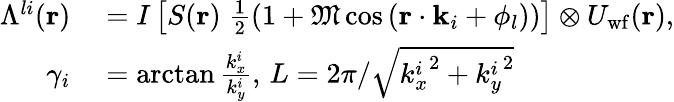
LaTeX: \begin{array}{rl}{\Lambda^{li}(\mathbf{r})}&{{}=I\left[S(\mathbf{r})\; \frac{1}{2}\left(1+\mathfrak{M}\cos\left(\mathbf{r}\cdot\mathbf{k}_{i}+\phi_{l}\right)\right)\right]\otimes U_{\mathrm{wf}}(\mathbf{r}),}\\ {\gamma_{i}}&{{}=\arctan{\frac{k_{x}^{i}}{k_{y}^{i}}},\, L=2\pi/\sqrt{{k_{x}^{i}}^{2}+{k_{y}^{i}}^{2}}}\end{array}